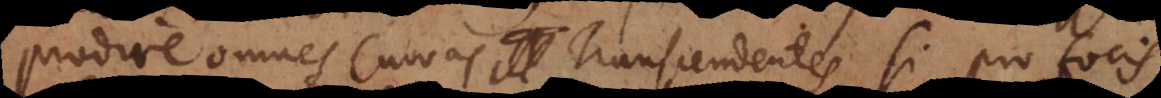
prodire omnes Curvas Transcendentes, si pro focis